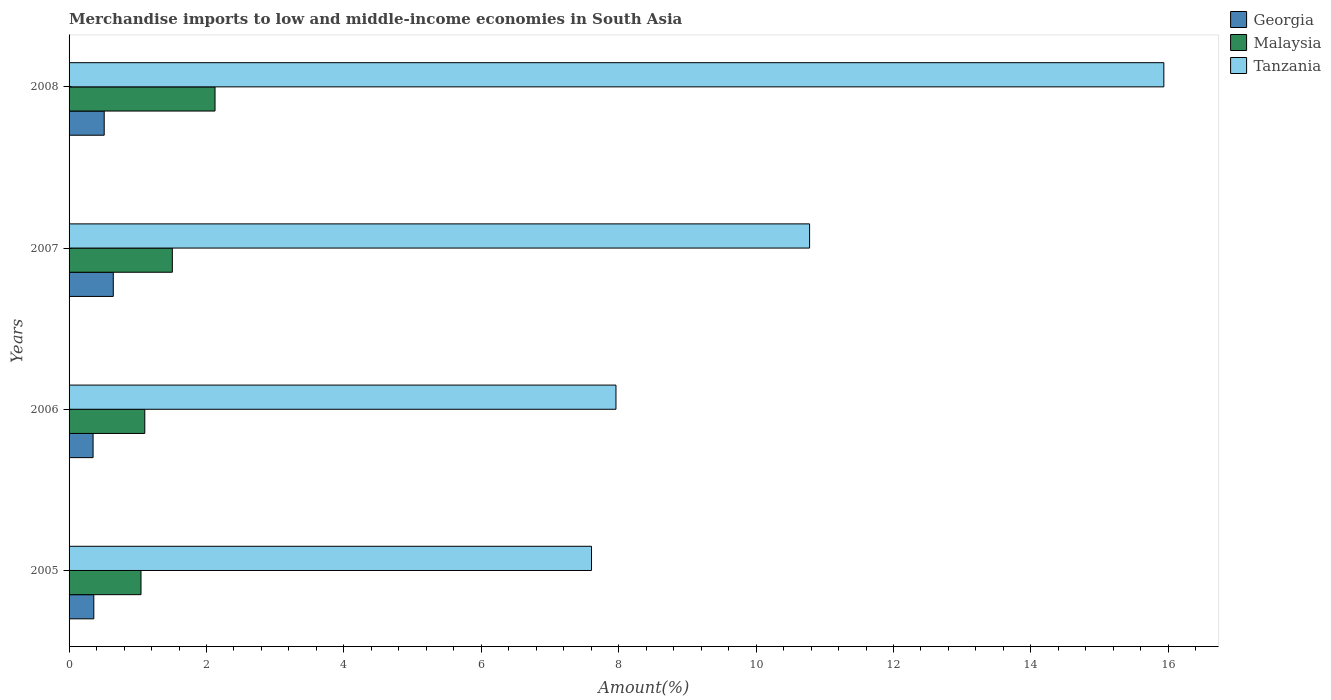
| Years | Georgia | Malaysia | Tanzania |
 | --- | --- | --- | --- |
 | 2005 | 0.36 | 1.05 | 7.6 |
 | 2006 | 0.349 | 1.1 | 7.96 |
 | 2007 | 0.644 | 1.5 | 10.8 |
 | 2008 | 0.511 | 2.12 | 15.9 |